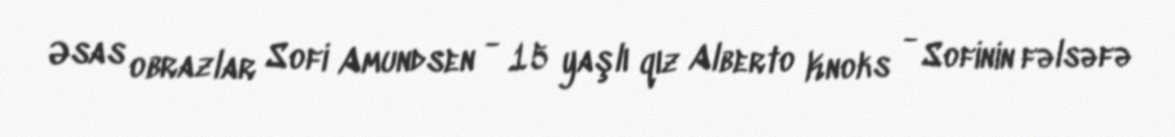
Əsas obrazlar Sofi Amundsen - 15 yaşlı qız Alberto Knoks - Sofinin fəlsəfə